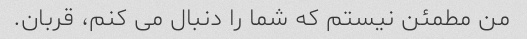
من مطمئن نیستم که شما را دنبال می کنم، قربان.